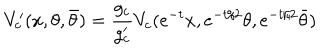
LaTeX: V _ { c } ^ { \prime } ( x , \theta , \bar { \theta } ) = \frac { g _ { c } } { g _ { c } ^ { \prime } } V _ { c } ( e ^ { - t } x , e ^ { - t / 2 } \theta , e ^ { - t / 2 } \bar { \theta } )